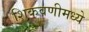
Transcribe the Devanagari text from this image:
शिकवणीमध्ये